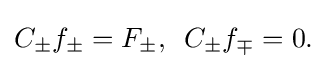
\displaystyle {C_{\pm }f_{\pm }=F_{\pm },\,\,\,C_{\pm }f_{\mp }=0.}